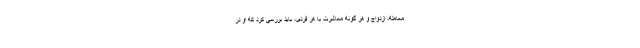
معامله، ازدواج و هر گونه معاشرت با هر فردی، باید بررسی کرد که او در